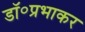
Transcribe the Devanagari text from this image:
डॉ॰प्रभाकर